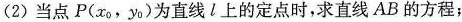
(2)当点P(x_{0}，y_{0})为直线l上的定点时，求直线AB的方程；